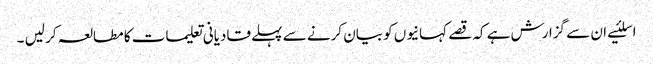
اسلئیے ان سے گزارش ہے کہ قصے کہانیوں کو بیان کرنے سے پہلے قادیانی تعلیمات کا مطالعہ کر لیں ۔